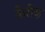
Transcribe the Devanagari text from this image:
केरीज़